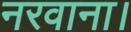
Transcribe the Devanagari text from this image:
नरवाना।